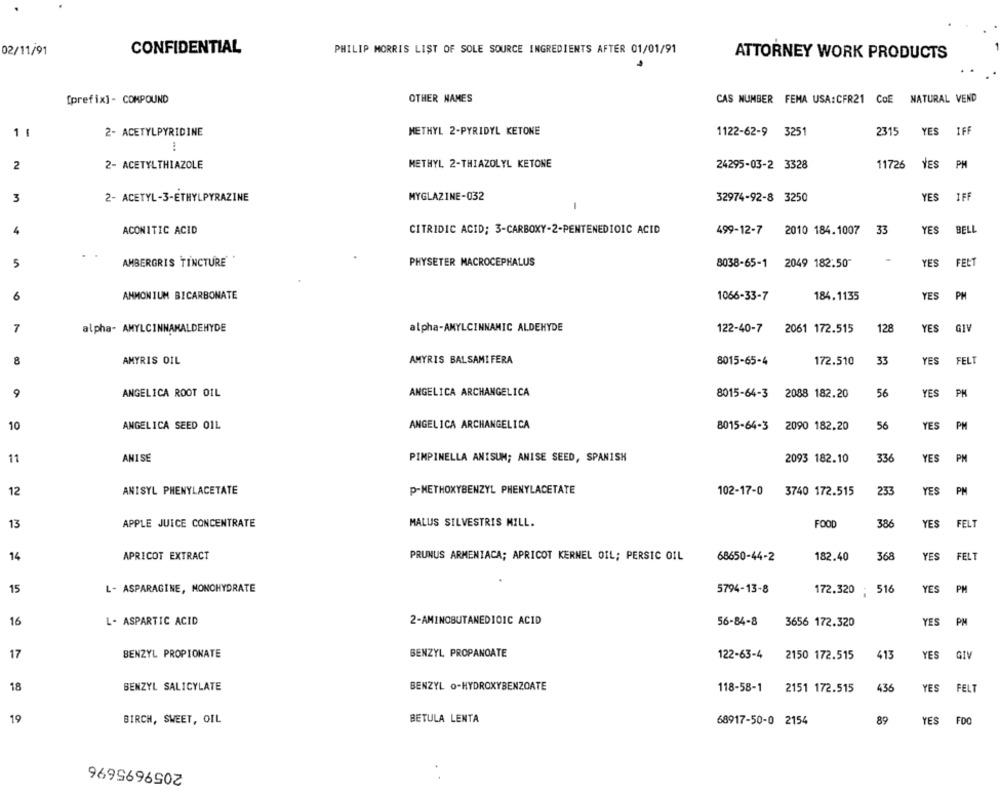
02/11/91
CONFIDENTIAL
PHILIP MORRIS LIST OF SOLE SOURCE INGREDIENTS AFTER 01/01/91
ATTORNEY WORK PRODUCTS
[prefix] - COMPOUND
OTHER NAMES
CAS NUMBER FEMA USA:CFR21 CoE
NATURAL VEND
2- ACETYLPYRIDINE
METHYL 2-PYRIDYL KETONE
1122-62-9 3251
2315
YES
IFF
2
2- ACETYLTHIAZOLE
METHYL 2-THIAZOLYL KETONE
24295-03-2 3328
11726
YES
PH
3
2- ACETYL-3-ETHYLPYRAZINE
MYGLAZINE-032
32974-92-8 3250
YES
IFF
-
4
ACONITIC ACID
CITRIDIC ACID; 3-CARBOXY-2-PENTENEDIOIC ACID
499-12-7
2010 184.1007
33
YES
BEL
5
AMBERGRIS TINCTURE
PHYSETER MACROCEPHALUS
8038-65-1
2049 182:50"
YES
FELT
6
AMMONIUM BICARBONATE
1066-33-7
184,1135
YES
PH
128
YES
GIV
7
alpha- AMYLCINNAMALDEHYDE
alpha-AMYLCINNAMIC ALDEHYDE
122-40-7
2061 172.515
8
AMYRIS OIL
AMYRIS BALSAMIFERA
8015-65-4
172.510
33
YES
FELT
9
ANGELICA ROOT OIL
ANGELICA ARCHANGELICA
8015-64-3
2088 182.20
56
YES
PH
10
ANGELICA SEED OIL
ANGELICA ARCHANGELICA
8015-64-3
2090 182.20
56
YES PM
11
ANISE
PIMPINELLA ANISUM; ANISE SEED, SPANISH
2093 182.10
336
YES
PM
12
ANISYL PHENYLACETATE
P-METHOXYBENZYL PHENYLACETATE
102-17-0
3740 172.515
233
YES
PM
13
APPLE JUICE CONCENTRATE
MALUS SILVESTRIS MILL.
FOOD
386
YES
FELT
14
APRICOT EXTRACT
PRUNUS ARMENIACA; APRICOT KERNEL OIL; PERSIC OIL
68650-44-2
182.40
368
YES
FELT
15
L- ASPARAGINE, NONOHYDRATE
5794-13-8
172.320
: 516
YES
PH
16
L- ASPARTIC ACID
2-AMINOBUTANEDIOIC ACID
YES
PM
56-84-8
3656 172.320
17
BENZYL PROPIONATE
BENZYL PROPANOATE
YES
GIV
122-63-4
2150 172.515
413
18
BENZYL O-HYDROXYBENZOATE
BENZYL SALICYLATE
118-58-1
2151 172.515
436
YES
FELT
19
BIRCH, SWEET, OIL
BETULA LENTA
68917-50-0 2154
89
YES
FDO
2059695696